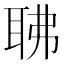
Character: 𦕚